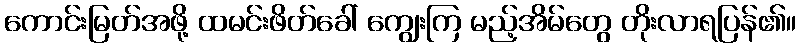
ကောင်းမြတ်အဖို့ ထမင်းဖိတ်ခေါ် ကျွေးကြ မည့်အိမ်တွေ တိုးလာရပြန်၏။